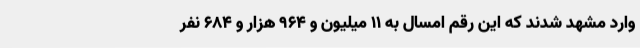
وارد مشهد شدند که این رقم امسال به 11 میلیون و 964 هزار و 684 نفر